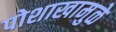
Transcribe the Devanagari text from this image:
पोशाखामुळे